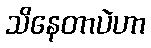
သိနေတာပဲဟာ